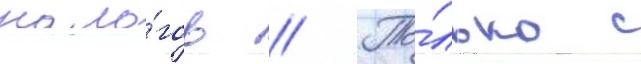
нало́гов // То́лько с